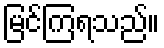
မြင်ကြရသည်။